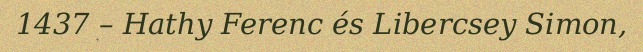
1437 – Hathy Ferenc és Libercsey Simon,